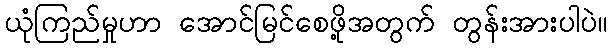
ယုံကြည်မှုဟာ အောင်မြင်စေဖို့အတွက် တွန်းအားပါပဲ။